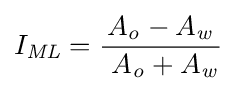
I_{\mathit {ML}}={\frac {A_{\mathit {o}}-A_{\mathit {w}}}{\ A_{\mathit {o}}+A_{\mathit {w}}}}